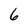
Character: 6